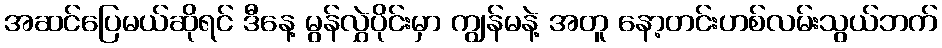
အဆင်ပြေမယ်ဆိုရင် ဒီနေ့ မွန်လွှဲပိုင်းမှာ ကျွန်မနဲ့ အတူ နော့တင်းဟစ်လမ်းသွယ်ဘက်